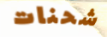
شحنات